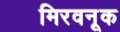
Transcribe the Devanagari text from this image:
मिरवनूक